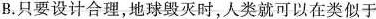
B.只要设计合理，地球毁灭时，人类就可以在类似于